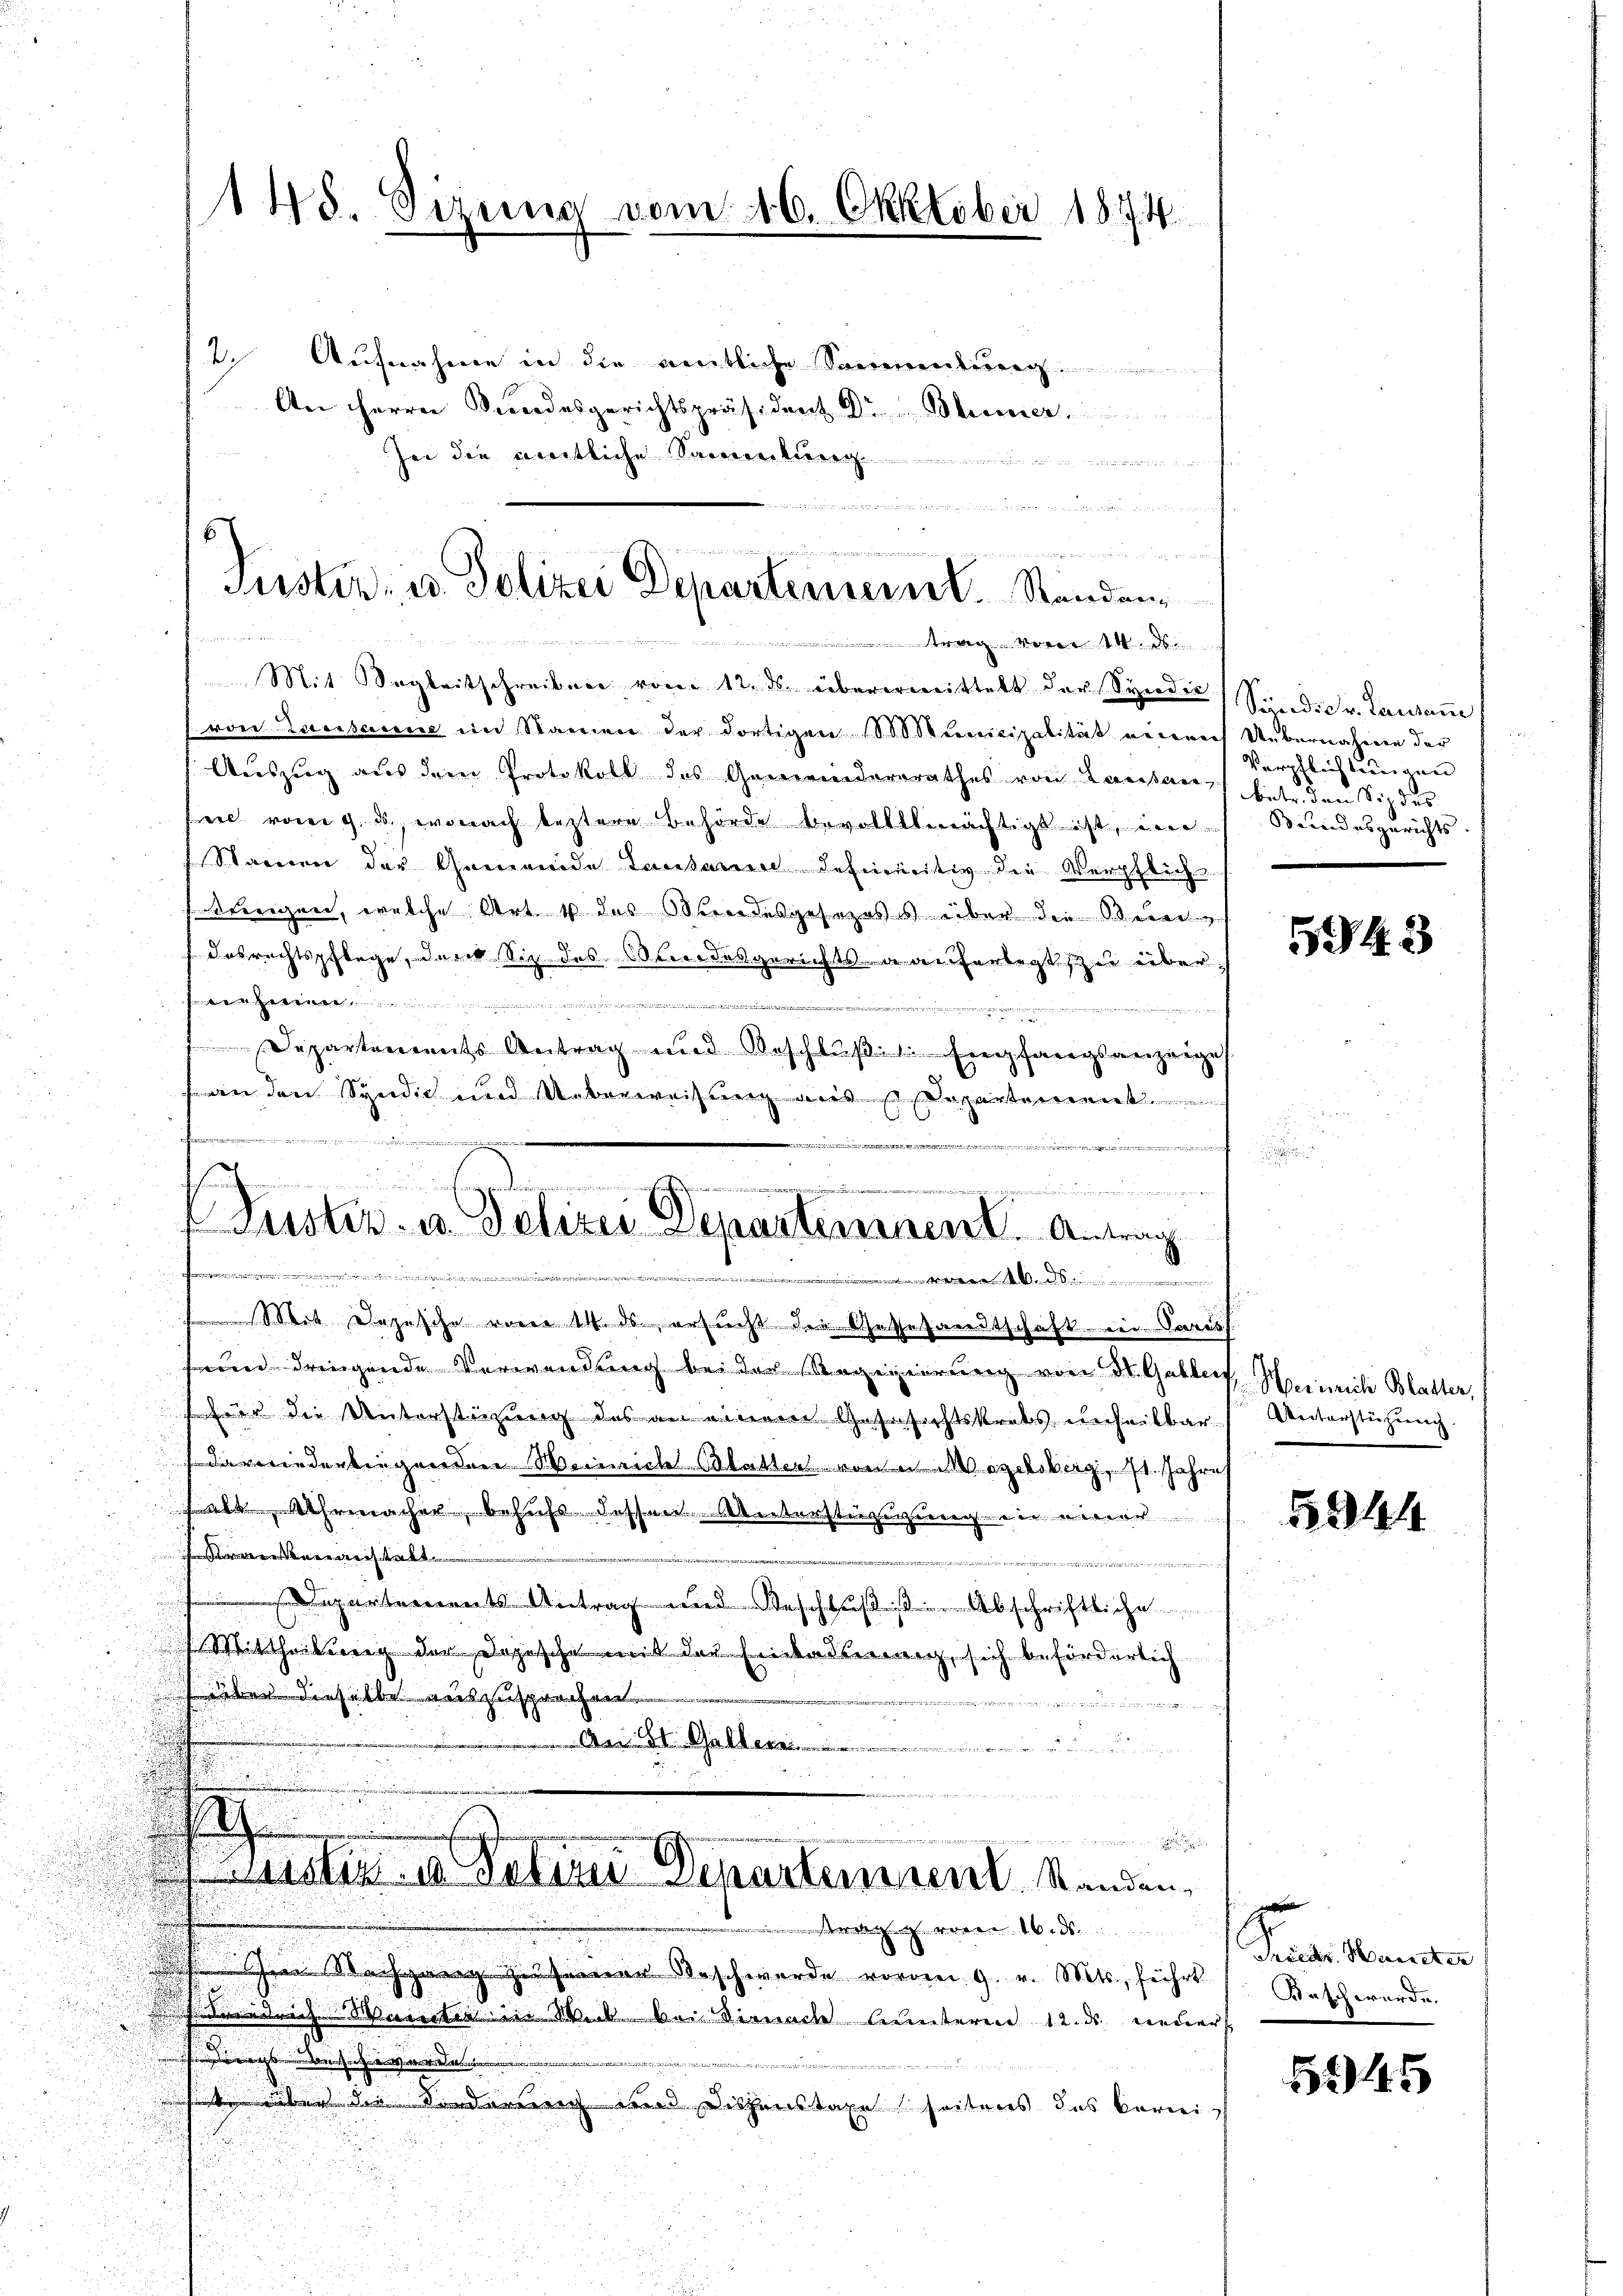
145. Sizung vom 16. Oktober 1874

2. Aufnahme in die amtliche Sommentung
An Herrn Bundesgerichtspräsident Dr Blumer
sei die viertliche Sauernburg
 eben
Mit Sogleitschreiben vom 12. ds. überermittelt der Synden Sind dr. Lausan
(von Lausanne im Stareien der dortigen 1000 Stunicipalität einer Übernahme der
Auszug aus dem Protokoll des Gemeindererathes von Lausan) bete den Sizdes
see vom 9. u. wonach leztere Behörde bevollmächtigt ist, in Bundesgerichts
Stainen der Gemeinde Lausare definitiv die Verpflich
fstrengen, welche Art 4 des Bundesgesezess über die Bundas rechtspflege, den Siz des Wundesgerichts Kauferlegt, zu überfe wenn einen unter
i
.
Departements Antrag und Beschluß: Empfangsanzeige
an den Syndic und Ueberweisung aus Departement
nemie
iae d. ad Crimieren
Mit Depesche von 14. ds ersucht die Gessesandtschaft in Pareis
seine dringende Verwendung bei der Regegierung von Stellen
Für die Unterstüzung des an einem Gasesichtskrebs unseilbar
darwiederbingenden Weinrich Blatten von in Magelsberg, 1. Jahres
falt eracher besucht. Dasserrenterstiegenzung die einer
fraisenanstalt
Departements Antrag und Beschluß s. Abschriftliche
 der Depesche mit der Einladung, sich beförderlich
s über dieselbe auszusprochen.
e
I. Gallen..............................
5
ener an de
e
d

Leister u Veter Departement. Standen,
 erer von 16. ds.
schzwang zinserer Beschwerde vorden 9. v. Mts., führt
riedrich. Warten in Wick bei Sirnach unteren 12. ds neuert
i
d
ra

u
 über die Forderrich und Dischenstage seitens des korrii
.

sie sie in die der den den um einermenkung eine aller meinen
57
eh nach der die ich den werde ich in ein
Suster- u. Polizei Departemeint. Standen,
 u.

i
h
d
...................
Tuster. u. Polizei Departement. Antrag
kammenen

Verpflichtungen

5943

Heinrich Blatter,
Unterstüzung.

5344

Fact. Manner
Wasch wurde.

5945